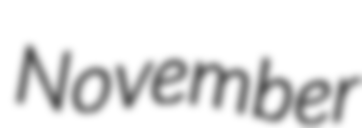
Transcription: November